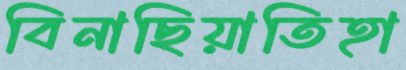
বিনাছিয়াতিহা